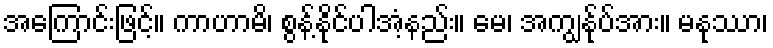
အကြောင်းဖြင့်။ ကာဟာမိ၊ စွန့်နိုင်ပါအံ့နည်း။ မေ၊ အကျွန်ုပ်အား။ မနုဿာ၊